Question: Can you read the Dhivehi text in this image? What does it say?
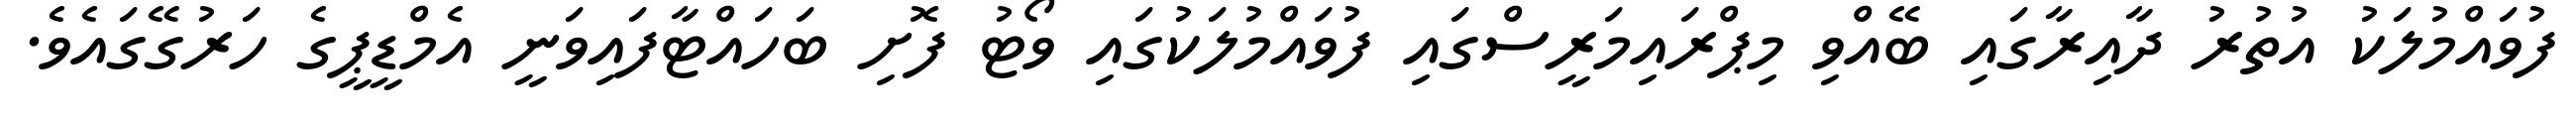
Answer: ފުވައްމުލަކު އުތުރު ދާއިރާގައި ބޭއްވި މިޕްރައިމަރީސްގައި ފުވައްމުލަކުގައި ވޯޓު ފޮށި ބަހައްޓާފައިވަނީ އެމްޑީޕީގެ ހަރުގޭގައެވެ.